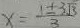
x = \frac { 1 \pm 3 \sqrt { 3 } } { 3 }